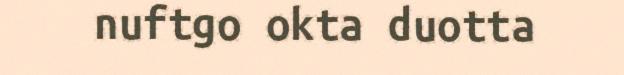
nuftgo okta duotta